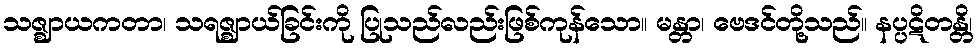
သဇ္ဈာယကတာ၊ သရဇ္ဈာယ်ခြင်းကို ပြုသည်လည်းဖြစ်ကုန်သော။ မန္တာ၊ ဗေဒင်တို့သည်။ နပ္ပဋိတန္တိ၊